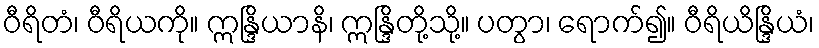
ဝီရိတံ၊ ဝီရိယကို။ ဣန္ဒြိယာနိ၊ ဣန္ဒြိတို့သို့။ ပတွာ၊ ရောက်၍။ ဝီရိယိန္ဒြိယံ၊